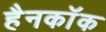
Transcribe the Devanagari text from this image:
हैनकाॅक